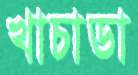
খাচাডা